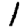
Digit: 1